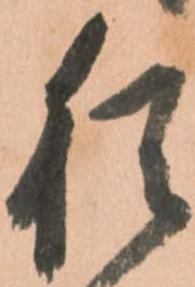
猶